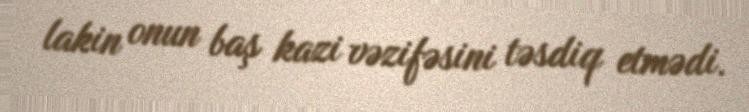
lakin onun baş kazi vəzifəsini təsdiq etmədi.